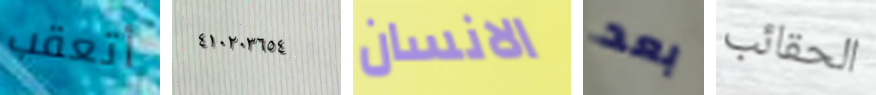
أتعقب ٤١٠٢٠٣٦٥٤ الانسان بعد الحقائب